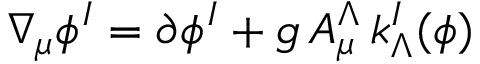
\nabla _ { \mu } \phi ^ { I } = \partial \phi ^ { I } + g \, A _ { \mu } ^ { \Lambda } \, k _ { \Lambda } ^ { I } ( \phi )